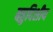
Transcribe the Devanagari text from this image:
बहुदिशीय